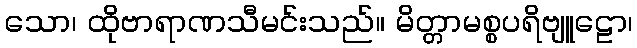
သော၊ ထိုဗာရာဏသီမင်းသည်။ မိတ္တာမစ္စပရိဗျူဠော၊